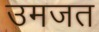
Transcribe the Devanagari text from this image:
उमजत